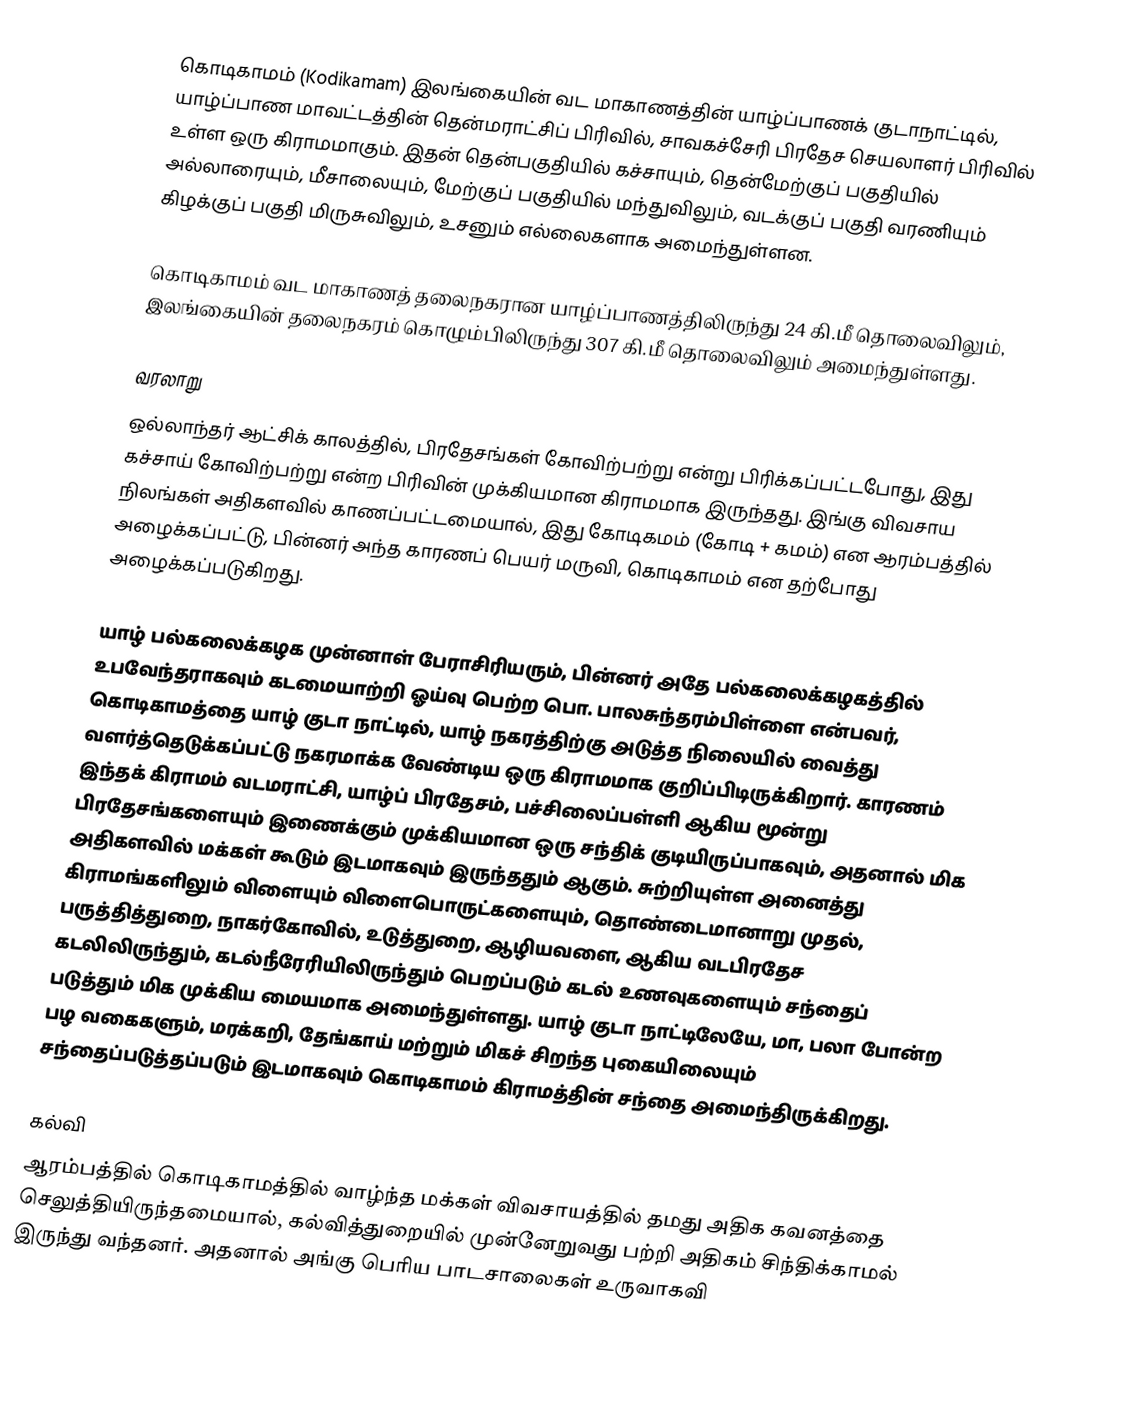
கொடிகாமம் (Kodikamam) இலங்கையின் வட மாகாணத்தின் யாழ்ப்பாணக் குடாநாட்டில், யாழ்ப்பாண மாவட்டத்தின் தென்மராட்சிப் பிரிவில், சாவகச்சேரி பிரதேச செயலாளர் பிரிவில் உள்ள ஒரு கிராமமாகும். இதன் தென்பகுதியில் கச்சாயும், தென்மேற்குப் பகுதியில் அல்லாரையும், மீசாலையும், மேற்குப் பகுதியில் மந்துவிலும், வடக்குப் பகுதி வரணியும் கிழக்குப் பகுதி மிருசுவிலும், உசனும் எல்லைகளாக அமைந்துள்ளன.

கொடிகாமம் வட மாகாணத் தலைநகரான யாழ்ப்பாணத்திலிருந்து 24 கி.மீ தொலைவிலும், இலங்கையின் தலைநகரம் கொழும்பிலிருந்து 307 கி.மீ தொலைவிலும் அமைந்துள்ளது.

வரலாறு
ஒல்லாந்தர் ஆட்சிக் காலத்தில், பிரதேசங்கள் கோவிற்பற்று என்று பிரிக்கப்பட்டபோது, இது கச்சாய் கோவிற்பற்று என்ற பிரிவின் முக்கியமான கிராமமாக இருந்தது. இங்கு விவசாய நிலங்கள் அதிகளவில் காணப்பட்டமையால், இது கோடிகமம் (கோடி + கமம்) என ஆரம்பத்தில் அழைக்கப்பட்டு, பின்னர் அந்த காரணப் பெயர் மருவி, கொடிகாமம் என தற்போது அழைக்கப்படுகிறது.

யாழ் பல்கலைக்கழக முன்னாள் பேராசிரியரும், பின்னர் அதே பல்கலைக்கழகத்தில் உபவேந்தராகவும் கடமையாற்றி ஓய்வு பெற்ற பொ. பாலசுந்தரம்பிள்ளை என்பவர், கொடிகாமத்தை யாழ் குடா நாட்டில், யாழ் நகரத்திற்கு அடுத்த நிலையில் வைத்து வளர்த்தெடுக்கப்பட்டு நகரமாக்க வேண்டிய ஒரு கிராமமாக குறிப்பிடிருக்கிறார். காரணம் இந்தக் கிராமம் வடமராட்சி, யாழ்ப் பிரதேசம், பச்சிலைப்பள்ளி ஆகிய மூன்று பிரதேசங்களையும் இணைக்கும் முக்கியமான ஒரு சந்திக் குடியிருப்பாகவும், அதனால் மிக அதிகளவில் மக்கள் கூடும் இடமாகவும் இருந்ததும் ஆகும். சுற்றியுள்ள அனைத்து கிராமங்களிலும் விளையும் விளைபொருட்களையும், தொண்டைமானாறு முதல், பருத்தித்துறை, நாகர்கோவில், உடுத்துறை, ஆழியவளை, ஆகிய வடபிரதேச கடலிலிருந்தும், கடல்நீரேரியிலிருந்தும் பெறப்படும் கடல் உணவுகளையும் சந்தைப் படுத்தும் மிக முக்கிய மையமாக அமைந்துள்ளது. யாழ் குடா நாட்டிலேயே, மா, பலா போன்ற பழ வகைகளும், மரக்கறி, தேங்காய் மற்றும் மிகச் சிறந்த புகையிலையும் சந்தைப்படுத்தப்படும் இடமாகவும் கொடிகாமம் கிராமத்தின் சந்தை அமைந்திருக்கிறது.

கல்வி
ஆரம்பத்தில் கொடிகாமத்தில் வாழ்ந்த மக்கள் விவசாயத்தில் தமது அதிக கவனத்தை செலுத்தியிருந்தமையால், கல்வித்துறையில் முன்னேறுவது பற்றி அதிகம் சிந்திக்காமல் இருந்து வந்தனர். அதனால் அங்கு பெரிய பாடசாலைகள் உருவாகவி